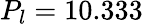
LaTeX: P_{l}=10.333